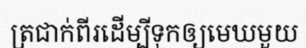
ត្រជាក់ពីរដើម្បីទុកឲ្យមេឃមួយ